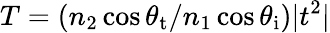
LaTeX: T=(n_{2}\cos\theta_{\mathrm{t}}/n_{1}\cos\theta_{\mathrm{i}})|t^{2}|